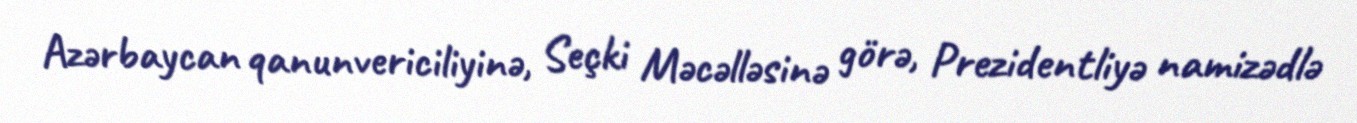
Azərbaycan qanunvericiliyinə, Seçki Məcəlləsinə görə, Prezidentliyə namizədlə